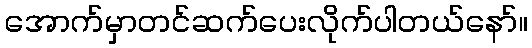
အောက်မှာတင်ဆက်ပေးလိုက်ပါတယ်နော်။